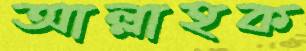
আল্লাহক